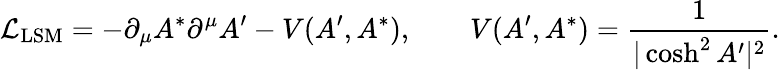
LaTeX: {\cal L}_{\mathrm{LSM}}=-\partial_{\mu}A^{*}\partial^{\mu}A^{\prime}-V(A^{\prime},A^{*}),\qquad V(A^{\prime},A^{*})={\frac{1}{|\cosh^{2}A^{\prime}|^{2}}}.